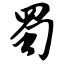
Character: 蜀